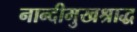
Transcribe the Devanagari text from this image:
नान्दीमुखश्राद्ध